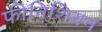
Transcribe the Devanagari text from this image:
फीनिशियन